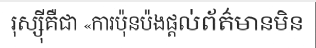
រុស្ស៊ីគឺជា «ការប៉ុនប៉ងផ្តល់ព័ត៌មានមិន